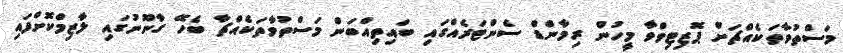
މަސްތުވާތަކެއްޗަށް ޕޮޒިޓިވްވާ މީހުން ރިމާންޑް ސެންޓަރެއްގައި ބައިތިއްބަން މަސްތުވާތަކެއްޗާ ބެހޭ ގާނޫނުގައި ލާޒިމްކޮށްފައި